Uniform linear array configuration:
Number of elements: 16
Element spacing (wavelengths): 0.25
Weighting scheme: kaiser
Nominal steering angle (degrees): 45
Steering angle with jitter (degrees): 44.374
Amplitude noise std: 0.05
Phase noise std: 0.05

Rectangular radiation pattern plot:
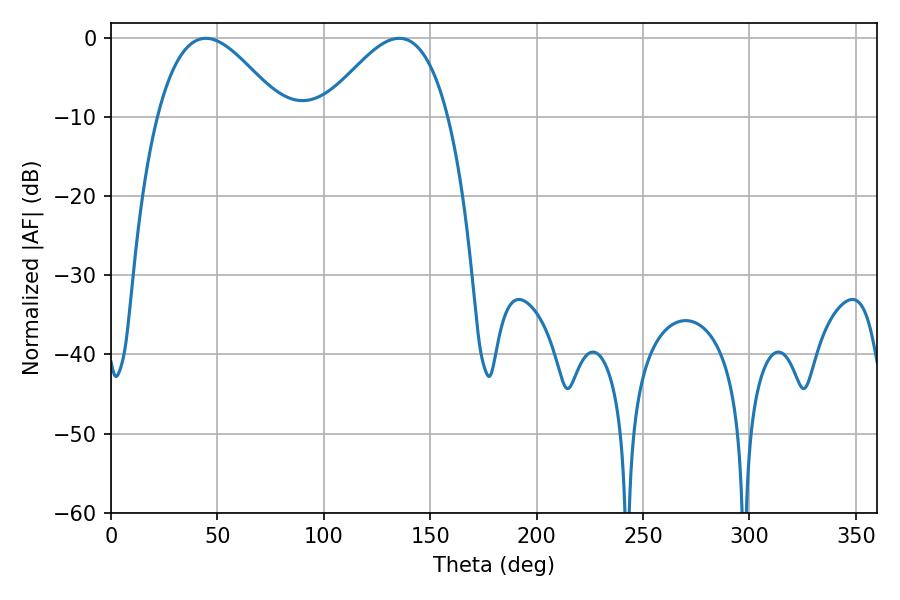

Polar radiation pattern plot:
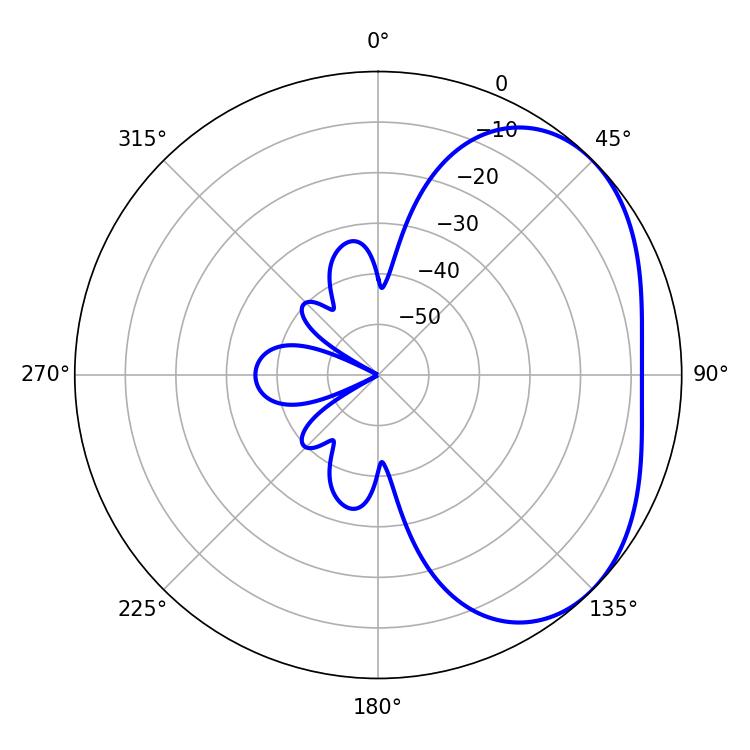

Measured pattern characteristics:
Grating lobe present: FALSE
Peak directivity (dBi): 3.358
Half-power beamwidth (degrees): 31.86
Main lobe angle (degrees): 44.64